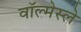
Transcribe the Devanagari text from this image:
वॉल्मेस्ले